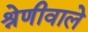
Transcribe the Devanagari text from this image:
श्रेणीवाले